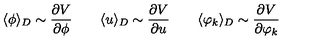
\langle \phi \rangle _ { D } \sim \frac { \partial V } { \partial \phi } \qquad \langle u \rangle _ { D } \sim \frac { \partial V } { \partial u } \qquad \langle \varphi _ { k } \rangle _ { D } \sim \frac { \partial V } { \partial \varphi _ { k } }